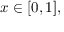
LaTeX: x \in [ 0 , 1 ] ,